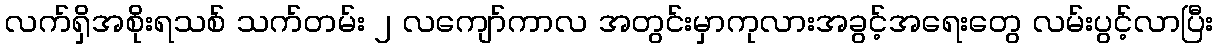
လက်ရှိအစိုးရသစ် သက်တမ်း ၂ လကျော်ကာလ အတွင်းမှာကုလားအခွင့်အရေးတွေ လမ်းပွင့်လာပြီး